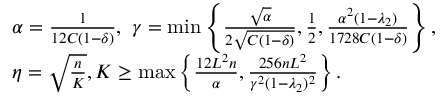
\begin{array} { r l } & { \alpha = \frac { 1 } { 1 2 C ( 1 - \delta ) } , \ \gamma = \operatorname* { m i n } \left\{ \frac { \sqrt { \alpha } } { 2 \sqrt { C ( 1 - \delta ) } } , \frac { 1 } { 2 } , \frac { \alpha ^ { 2 } ( 1 - \lambda _ { 2 } ) } { 1 7 2 8 C ( 1 - \delta ) } \right\} , } \\ & { \eta = \sqrt { \frac { n } { K } } , K \geq \operatorname* { m a x } \left\{ \frac { 1 2 L ^ { 2 } n } { \alpha } , \frac { 2 5 6 n L ^ { 2 } } { \gamma ^ { 2 } ( 1 - \lambda _ { 2 } ) ^ { 2 } } \right\} . } \end{array}